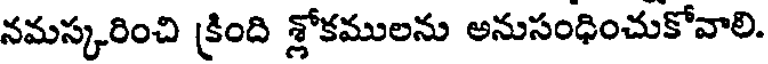
నమస్కరించి క్రింది శ్లోకములను అనుసంధించుకోవాలి.